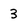
Character: 3